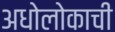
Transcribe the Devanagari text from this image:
अधोलोकाची